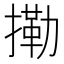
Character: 𢳝